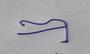
Signature authenticity: forged